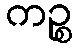
ကဉ္စ